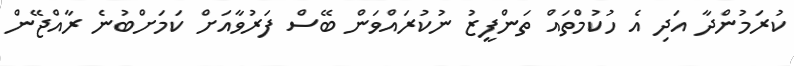
ކުރަމުންދާ އަދި އެ ހުކުމްތައް ތަންފީޒު ނުކުރައްވަން ބޭސް ފަރުވާއަށް ކަމަށްބުނެ ރާއްޖޭން